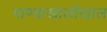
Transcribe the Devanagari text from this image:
पाण्याखालोखाल